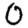
Digit: 0